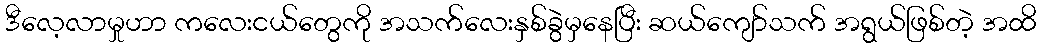
ဒီလေ့လာမှုဟာ ကလေးငယ်တွေကို အသက်လေးနှစ်ခွဲမှနေပြီး ဆယ်ကျော်သက် အရွယ်ဖြစ်တဲ့ အထိ